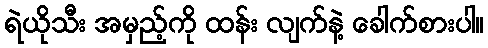
ရဲယိုသီး အမှည့်ကို ထန်း လျက်နဲ့ ခေါက်စားပါ။